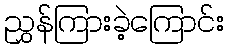
ညွှန်ကြားခဲ့ကြောင်း